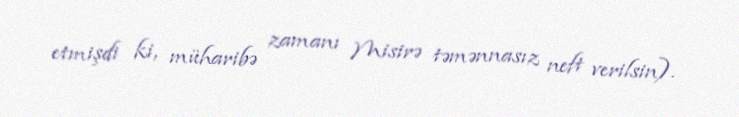
etmişdi ki, müharibə zamanı Misirə təmənnasız neft verilsin).